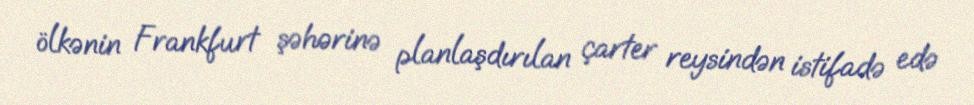
ölkənin Frankfurt şəhərinə planlaşdırılan çarter reysindən istifadə edə